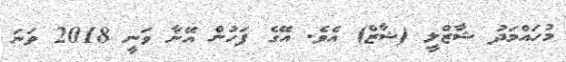
މުހައްމަދު ޝާޒްލީ (ޝާޒް) އެެވެ. އޭގެ ފަހުން އޭނާ ވަނީ 2018 ވަނަ